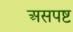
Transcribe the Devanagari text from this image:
असपष्ट